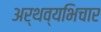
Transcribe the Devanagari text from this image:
अर्थव्यभिचार